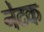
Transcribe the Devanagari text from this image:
नेटक